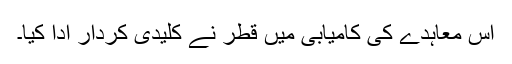
اس معاہدے کی کامیابی میں قطر نے کلیدی کردار ادا کیا۔